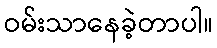
ဝမ်းသာနေခဲ့တာပါ။